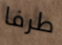
طرفا